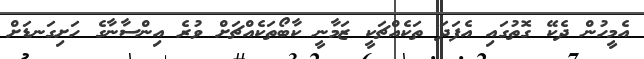
އެމީހުން ދެކޭ ގޮތުގައި އެފަދަ ތަކެއްޗަކީ ޒަމާނީ ކާބޯތަކެއްޗަށް ވުރެ އިންސާނާގެ ހަށިގަނޑަށް